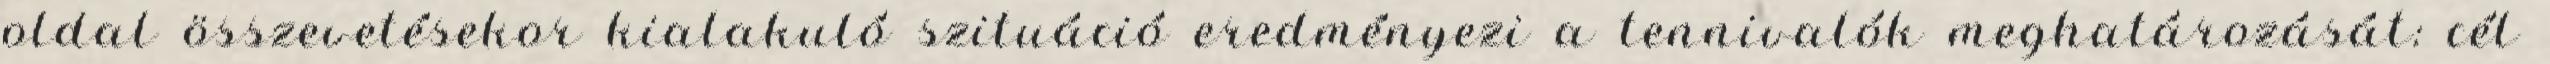
oldal összevetésekor kialakuló szituáció eredményezi a tennivalók meghatározását: cél